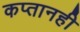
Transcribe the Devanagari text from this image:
कप्तानही